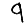
Digit: 9